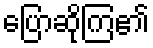
ပြောဆိုကြ၏